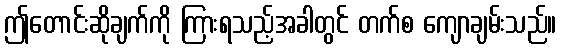
ဤတောင်းဆိုချက်ကို ကြားရသည့်အခါတွင် တက်စ ကျောချမ်းသည်။